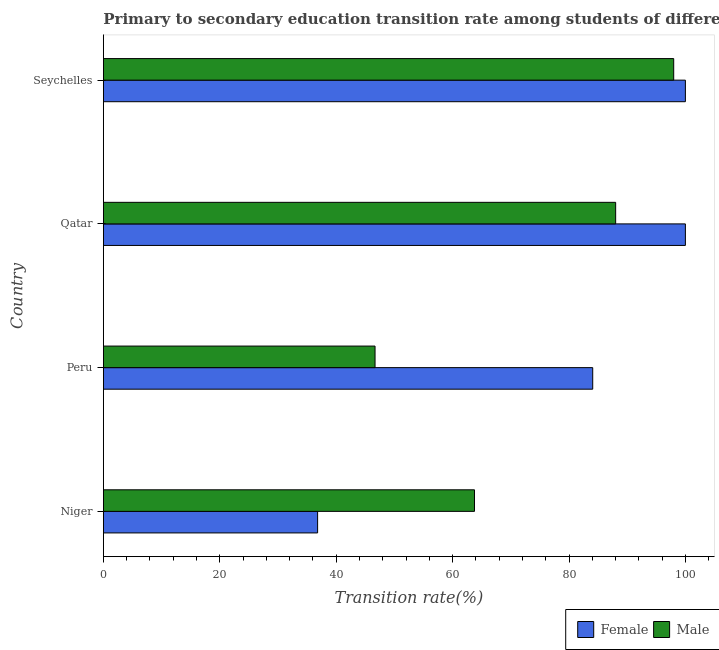
| Country | Female | Male |
 | --- | --- | --- |
 | Niger | 36.8 | 63.8 |
 | Peru | 84.1 | 46.7 |
 | Qatar | 100 | 88 |
 | Seychelles | 100 | 98 |